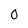
Character: O